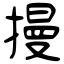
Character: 摱